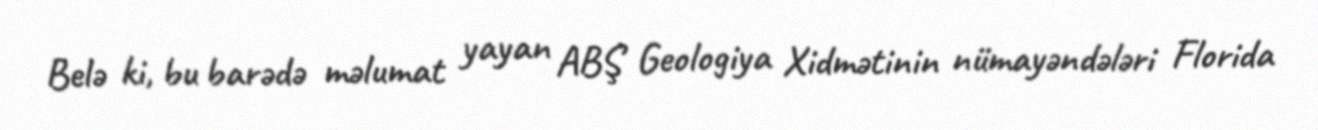
Belə ki, bu barədə məlumat yayan ABŞ Geologiya Xidmətinin nümayəndələri Florida